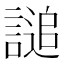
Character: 𧪲